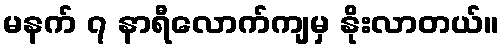
မနက် ၇ နာရီလောက်ကျမှ နိုးလာတယ်။